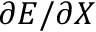
\partial E / \partial X